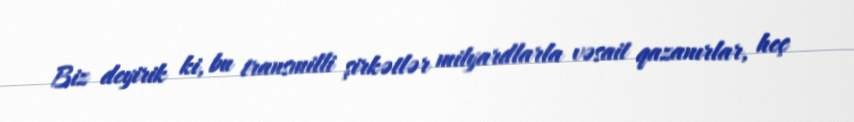
Biz deyirik ki, bu transmilli şirkətlər milyardlarla vəsait qazanırlar, heç